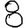
Digit: 8